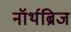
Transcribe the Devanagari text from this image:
नॉर्थब्रिज